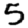
Digit: 5